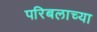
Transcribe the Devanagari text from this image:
परिबलाच्या